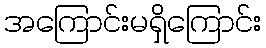
အကြောင်းမရှိကြောင်း